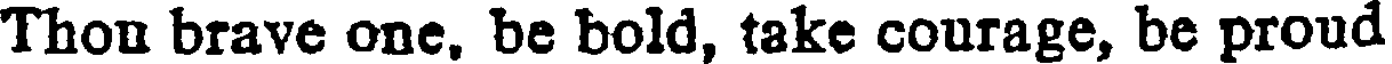
Thon brave one. be bold, take courage, be proud